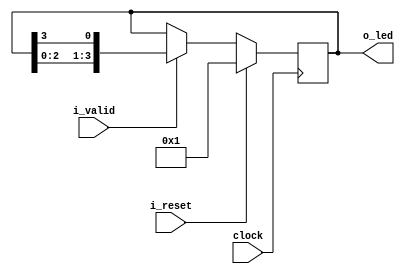

module shiftreg
    #(
        parameter NB_LEDS = 4
    )
    (
        output [NB_LEDS - 1 : 0] o_led  ,
        input                    i_valid,
        input                    i_reset,
        input                    clock
    );

    // Vars
    reg [NB_LEDS - 1 : 0] shiftRegister;

    integer ptr;

    always @(posedge clock) begin
        if(i_reset) begin
            shiftRegister <= {{NB_LEDS-1{1'b0}},1'b1};
        end
        else if (i_valid) begin
            // // Option 1
            // shiftRegister[1] <= shiftRegister[0];
            // shiftRegister[2] <= shiftRegister[1];
            // shiftRegister[3] <= shiftRegister[2];
            // shiftRegister[0] <= shiftRegister[3];

            // // Option 2
            // for(ptr=0;ptr<NB_LEDS-1;ptr=ptr+1)begin
            //     shiftRegister[ptr+1] <= shiftRegister[ptr];
            // end
            // shiftRegister[0] <= shiftRegister[NB_LEDS-1];

            // // Option 3
            // shiftRegister <= shiftRegister << 1;
            // shiftRegister[0] <= shiftRegister[NB_LEDS-1];

            // Option 4
            shiftRegister <= {shiftRegister[NB_LEDS-2:0],shiftRegister[NB_LEDS-1]};
        end
        else begin
            shiftRegister <= shiftRegister;
        end
            
    end

    assign o_led = shiftRegister;
    
endmodule